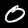
Label: 0